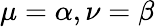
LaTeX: \mu=\alpha,\nu=\beta